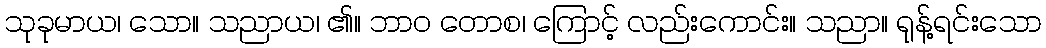
သုခုမာယ၊ သော။ သညာယ၊ ၏။ ဘာဝ တောစ၊ ကြောင့် လည်းကောင်း။ သညာ။ ရုန့်ရင်းသော